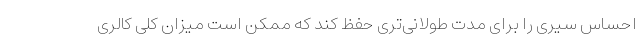
احساس سیری را برای مدت طولانی‌تری حفظ کند که ممکن است میزان کلی کالری